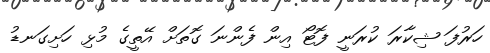
ހަރުފަ ޝިކާރަ ކުރަނީ ފޮޓޯ އިން ފެންނަ ގޮތަށް އޭތީގެ މުޅި ހަށިގަނޑު